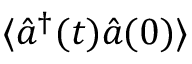
\langle \hat { a } ^ { \dagger } ( t ) \hat { a } ( 0 ) \rangle